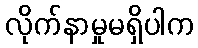
လိုက်နာမှုမရှိပါက